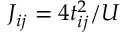
J _ { i j } = 4 t _ { i j } ^ { 2 } / U